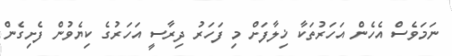
ނަމަވެސް އެހެން އަހަރުތަކާ ޚިލާފަށް މި ފަހަރު ދިރާސީ އަހަރުގެ ކިޔެވުން ފެށިގެން